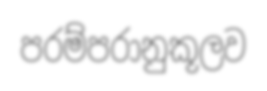
පරම්පරානුකූලව